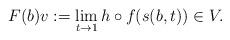
LaTeX: \begin{align*}F(b)v:=\lim_{t\to 1}h\circ f(s(b,t))\in V.\end{align*}